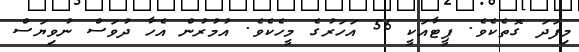
މިފަދަ ގޮތެކެވެ. ޕީޓާއަކީ 56 އަހަރުގެ މީހެކެވެ. އުމުރުން އެހާ ދުވަސް ނުވިޔަސް